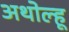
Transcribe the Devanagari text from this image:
अथोल्हू